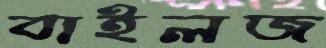
বাইলজ